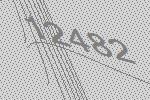
12482